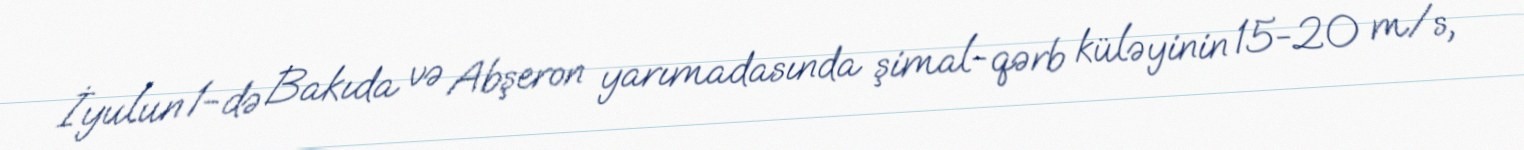
İyulun 1-də Bakıda və Abşeron yarımadasında şimal-qərb küləyinin 15-20 m/s,